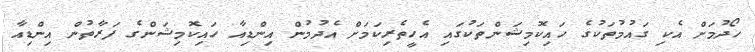
ހޯދުމަށް އެކި ގަައުމުތަކުގެ ހައިކޮމިޝަންތަކުގައި އެހީތެރިކަމަށް އެދުމުން އިންޑިއާ ހައިކޮމިޝަންގެ ފަރާތުން އިންޑިއާ